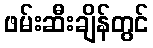
ဖမ်းဆီးချိန်တွင်